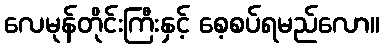
လေမုန်တိုင်းကြီးနှင့် စေ့စပ်ရမည်လော။